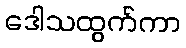
ဒေါသထွက်ကာ